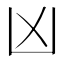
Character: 凶